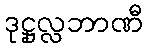
ဒုဋ္ဌုလ္လဘာဏီ